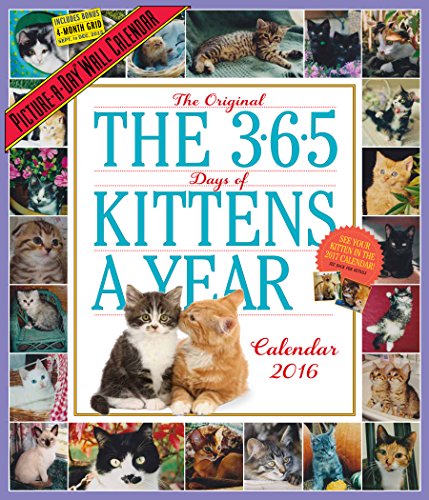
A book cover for The 365 Kittens-A-Year Picture-A-Day Wall Calendar 2016; Workman Publishing; Calendars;